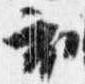
衣